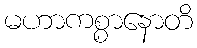
မဟာကစ္စာနောတိ